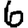
Digit: 6